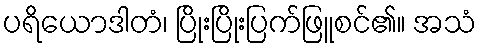
ပရိယောဒါတံ၊ ပြိုးပြိုးပြက်ဖြူစင်၏။ အသံ